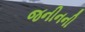
જનીનની